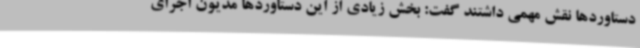
دستاوردها نقش مهمی داشتند گفت: بخش زیادی از این دستاوردها مدیون اجرای